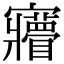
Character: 𡬌